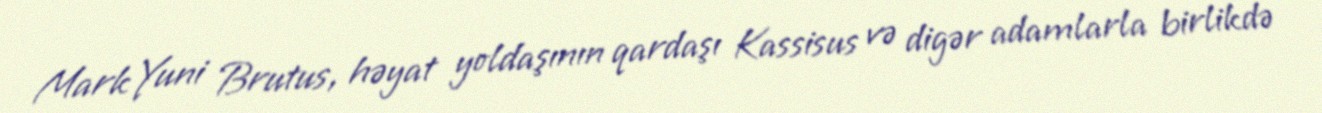
Mark Yuni Brutus, həyat yoldaşının qardaşı Kassisus və digər adamlarla birlikdə